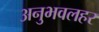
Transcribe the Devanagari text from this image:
अनुभवलहर